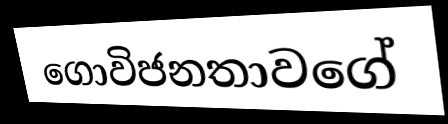
ගොවිජනතාවගේ